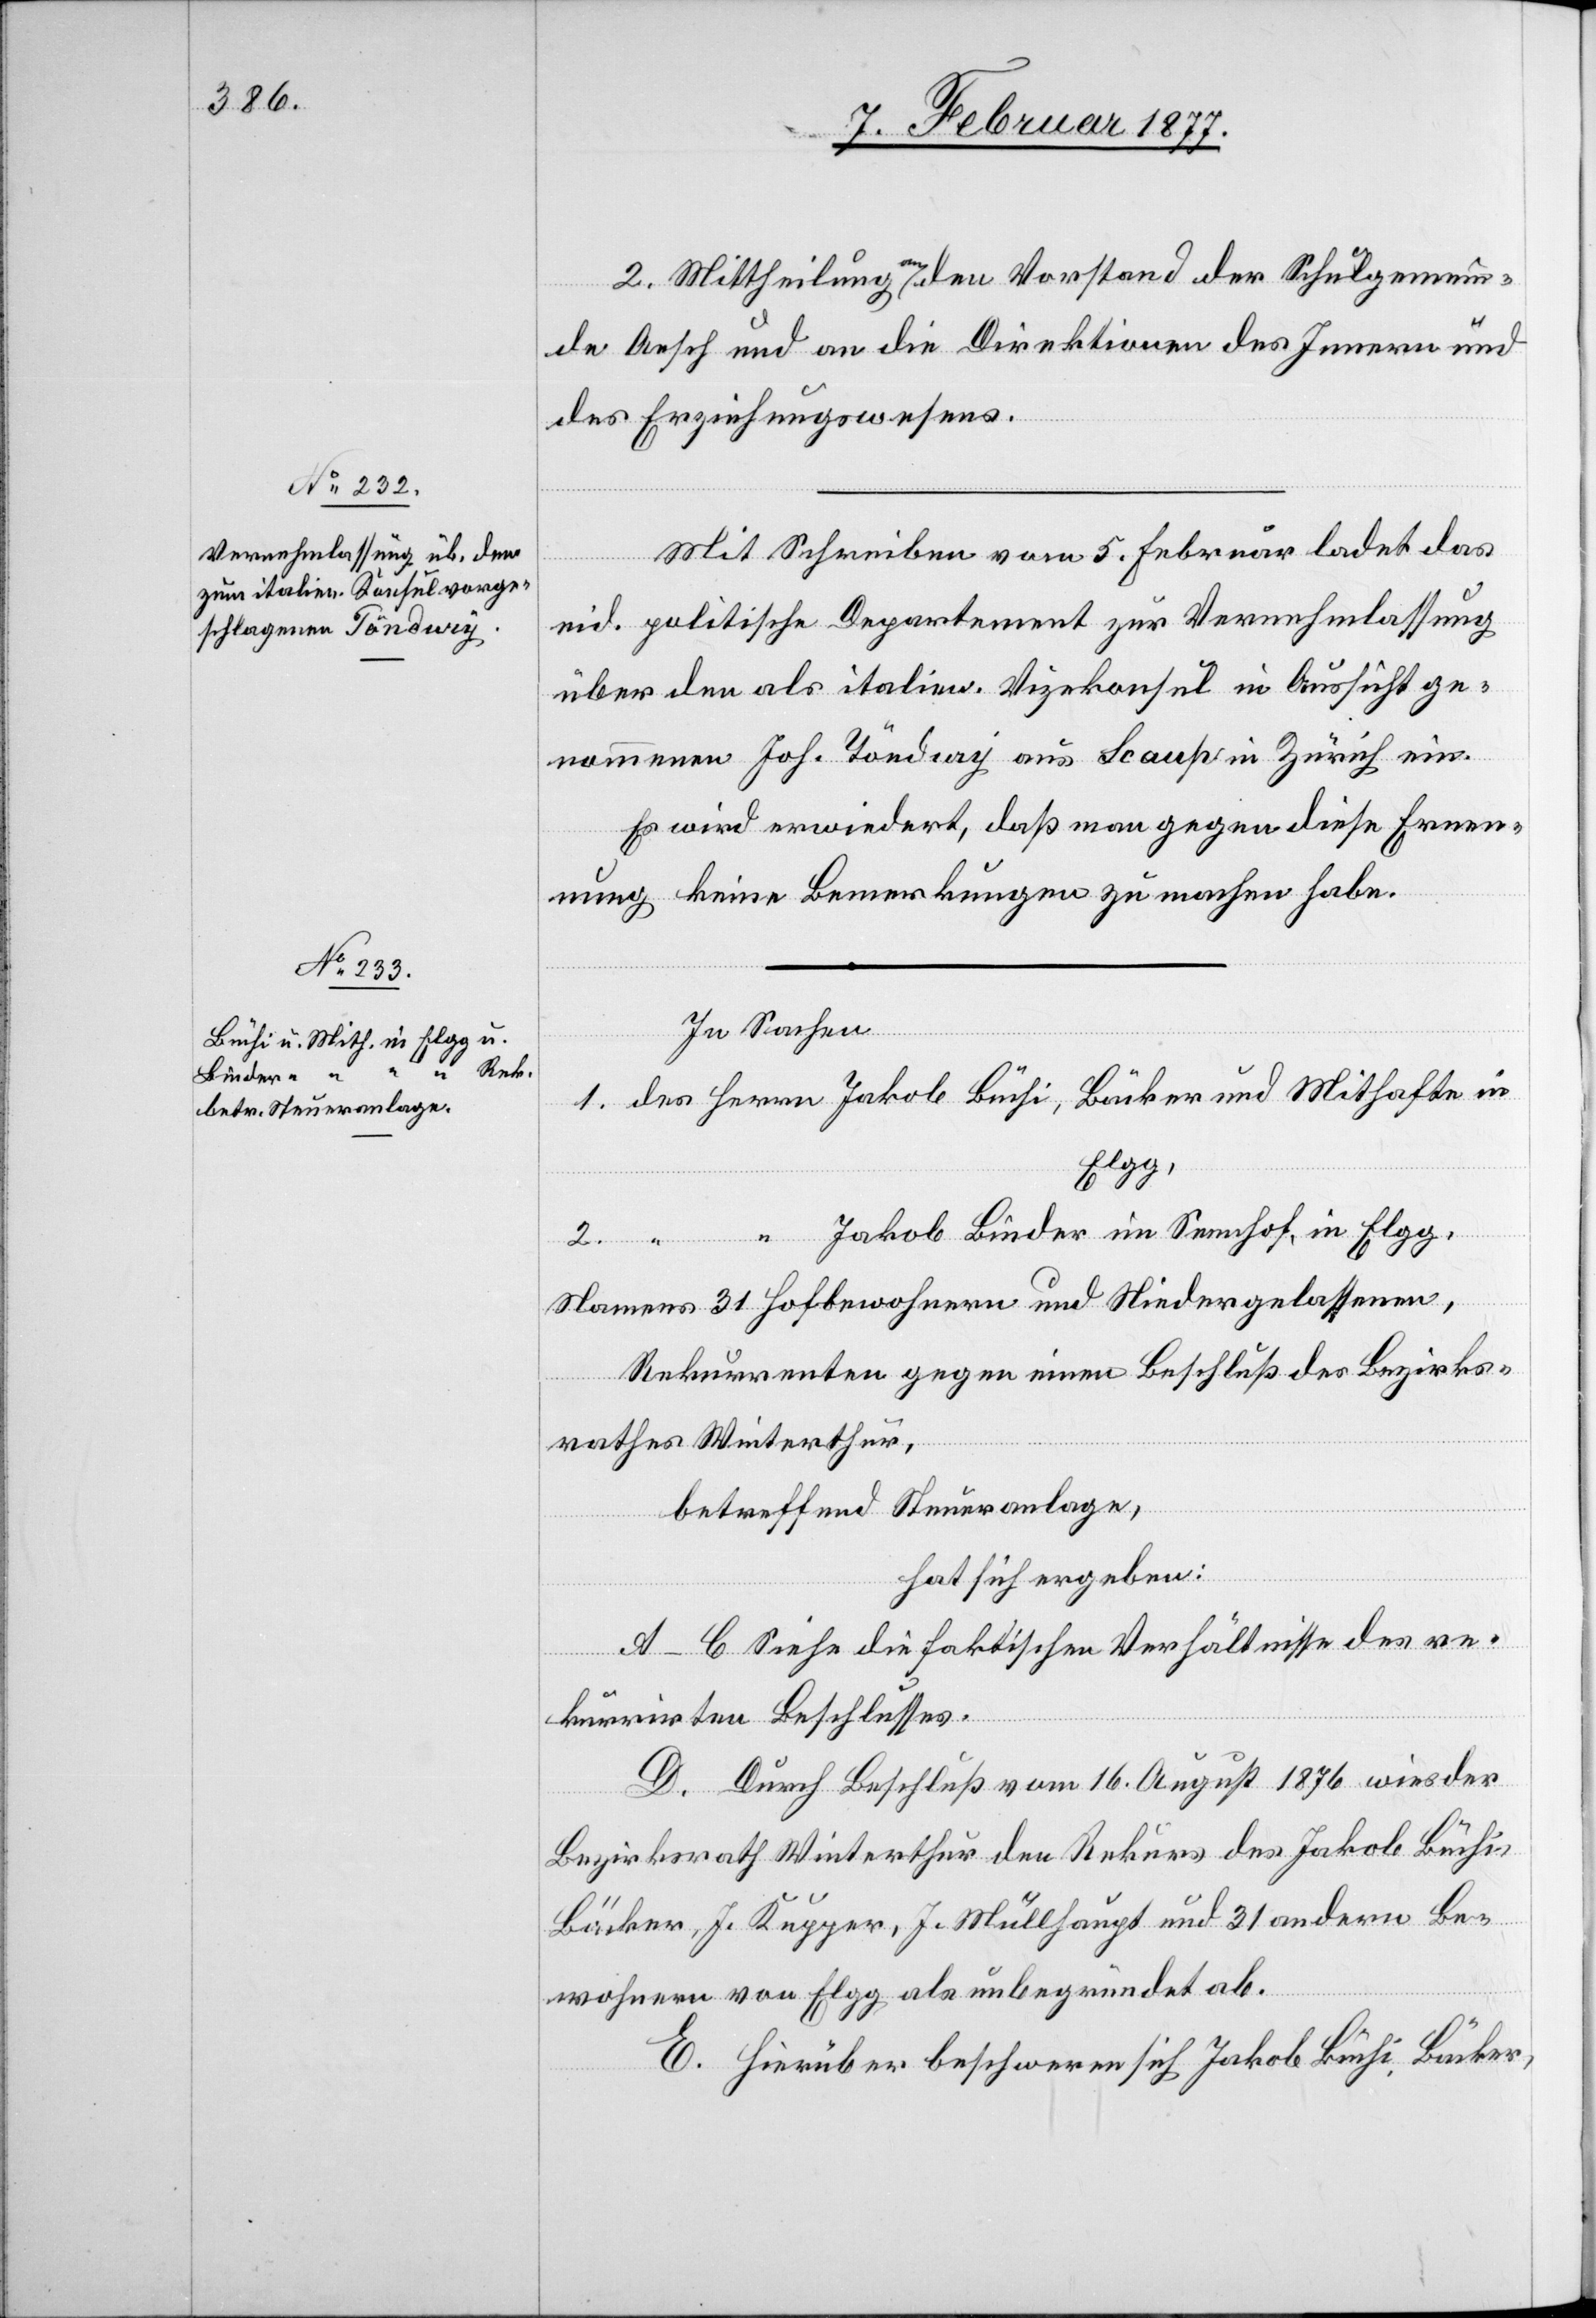
2. Mittheilung an den Vorstand der Schulgemein¬
de Aesch und an die Direktionen des Innern und
des Erziehungswesens.
Mit Schreiben vom 5. Februar ladet das
eid. politische Departement zur Vernehmlassung
über den als italien. Vizekonsul in Aussicht ge¬
nommenen Joh. Töndury aus Scaup in Zürich ein.
Es wird erwiedert, daß man gegen diese Ernen¬
nung keine Bemerkungen zu machen habe.
In Sachen
in
Elgg,
2.
“
Jakob Binder im Sennhof, in Elgg,
Namens 31 Hofbewohnern und Niedergelassenen,
Rekurrenten gegen einen Beschluß des Bezirks¬
rathes Winterthur,
betreffend Steueranlage,
hat sich ergeben:
A–C Siehe die faktischen Verhältnisse des re¬
kurrirten Beschlusses.
D. Durch Beschluß vom 16. August 1876 wies der
Bezirksrath Winterthur den Rekurs des Jakob Büchi,
Bäcker, J. Kupper, J. Müllhaupt und 31 andern Be¬
wohnern von Elgg als unbegründet ab.
E. Hierüber beschweren sich Jakob Büchi, Bäcker,